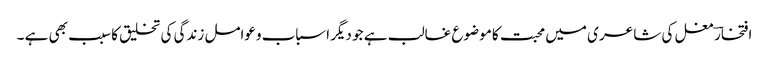
افتخارؔ مغل کی شاعر ی میں محبت کا موضوع غالب ہے جو دیگر اسباب وعوامل زندگی کی تخلیق کا سبب بھی ہے ۔